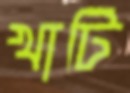
খাটি